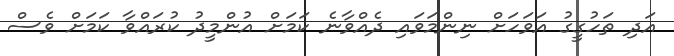
އަދި ތަހުގީގު އަވަހަށް ނިންމަވައި ދެއްވާނެ ކަމަށް އުންމީދު ކުރައްވާ ކަމަށް ވެސް